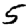
Digit: 5